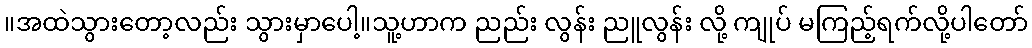
။အထဲသွားတော့လည်း သွားမှာပေါ့။သူ့ဟာက ညည်း လွန်း ညူလွန်း လို့ ကျုပ် မကြည့်ရက်လို့ပါတော်